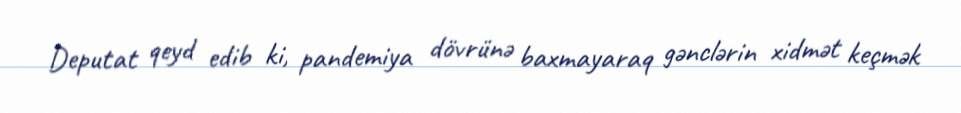
Deputat qeyd edib ki, pandemiya dövrünə baxmayaraq gənclərin xidmət keçmək